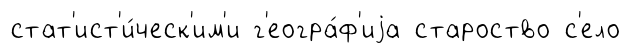
стат'ист'и́ческ'им'и г'еогра́ф'иjа староство с'ело